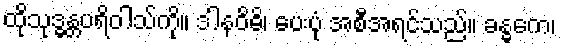
ထိုသုဒ္ဓန္တပရိဝါသ်ကို။ ဒါနဝိဓိ၊ ပေးပုံ အစီအရင်သည်။ ခန္ဓကေ၊